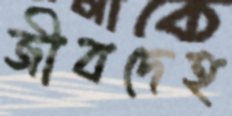
জীবদেহ